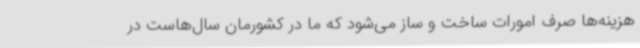
هزینه‌ها صرف امورات ساخت و ساز می‌شود که ما در کشورمان سال‌هاست در